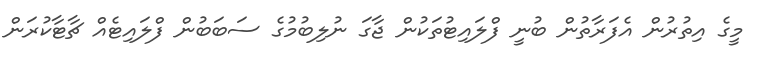
މީގެ އިތުރުން އެފަރާތުން ބުނީ ފްލައިޓުތަކުން ޖާގަ ނުލިބުމުގެ ސަބަބުން ފްލައިޓެއް ޗާޓާކުރަން